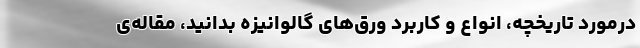
درموردِ تاریخچه، انواع و کاربردِ ورق‌های گالوانیزه بدانید، مقاله‌ی